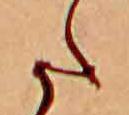
た